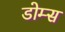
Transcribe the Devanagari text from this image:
डोम्स